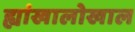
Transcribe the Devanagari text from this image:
ह्यांखालोखाल